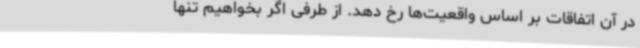
در آن اتفاقات بر اساس واقعیت‌ها رخ دهد. از طرفی اگر بخواهیم تنها